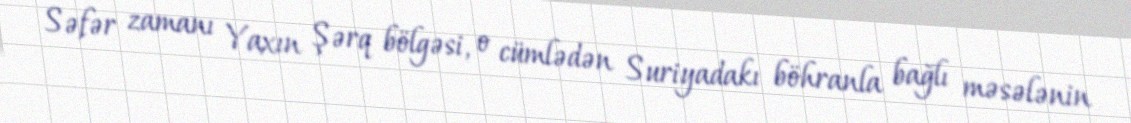
Səfər zamanı Yaxın Şərq bölgəsi, o cümlədən Suriyadakı böhranla bağlı məsələnin